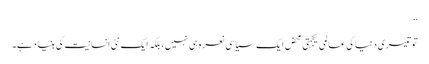
‘‘
تو تیسری دنیا کی عالمی یکجہتی محض ایک سیاسی نعرہ ہی نہیں، بلکہ ایک نئی انسانیت کی بنیاد ہے۔